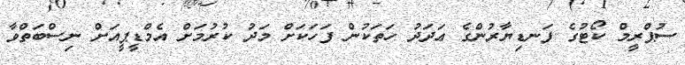
ސުޕްރީމް ކޯޓުގެ ފަނޑިޔާރުންގެ ޢަދަދު ހަތަކުން ފަހަކަށް މަދު ކުރުމަށް އެމްޑީޕީއަށް ނިސްބަތްވާ